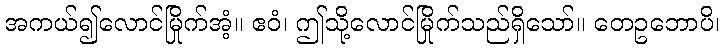
အကယ်၍လောင်မြိုက်အံ့။ ဧဝံ၊ ဤသို့လောင်မြိုက်သည်ရှိသော်။ တေဥဘောပိ၊